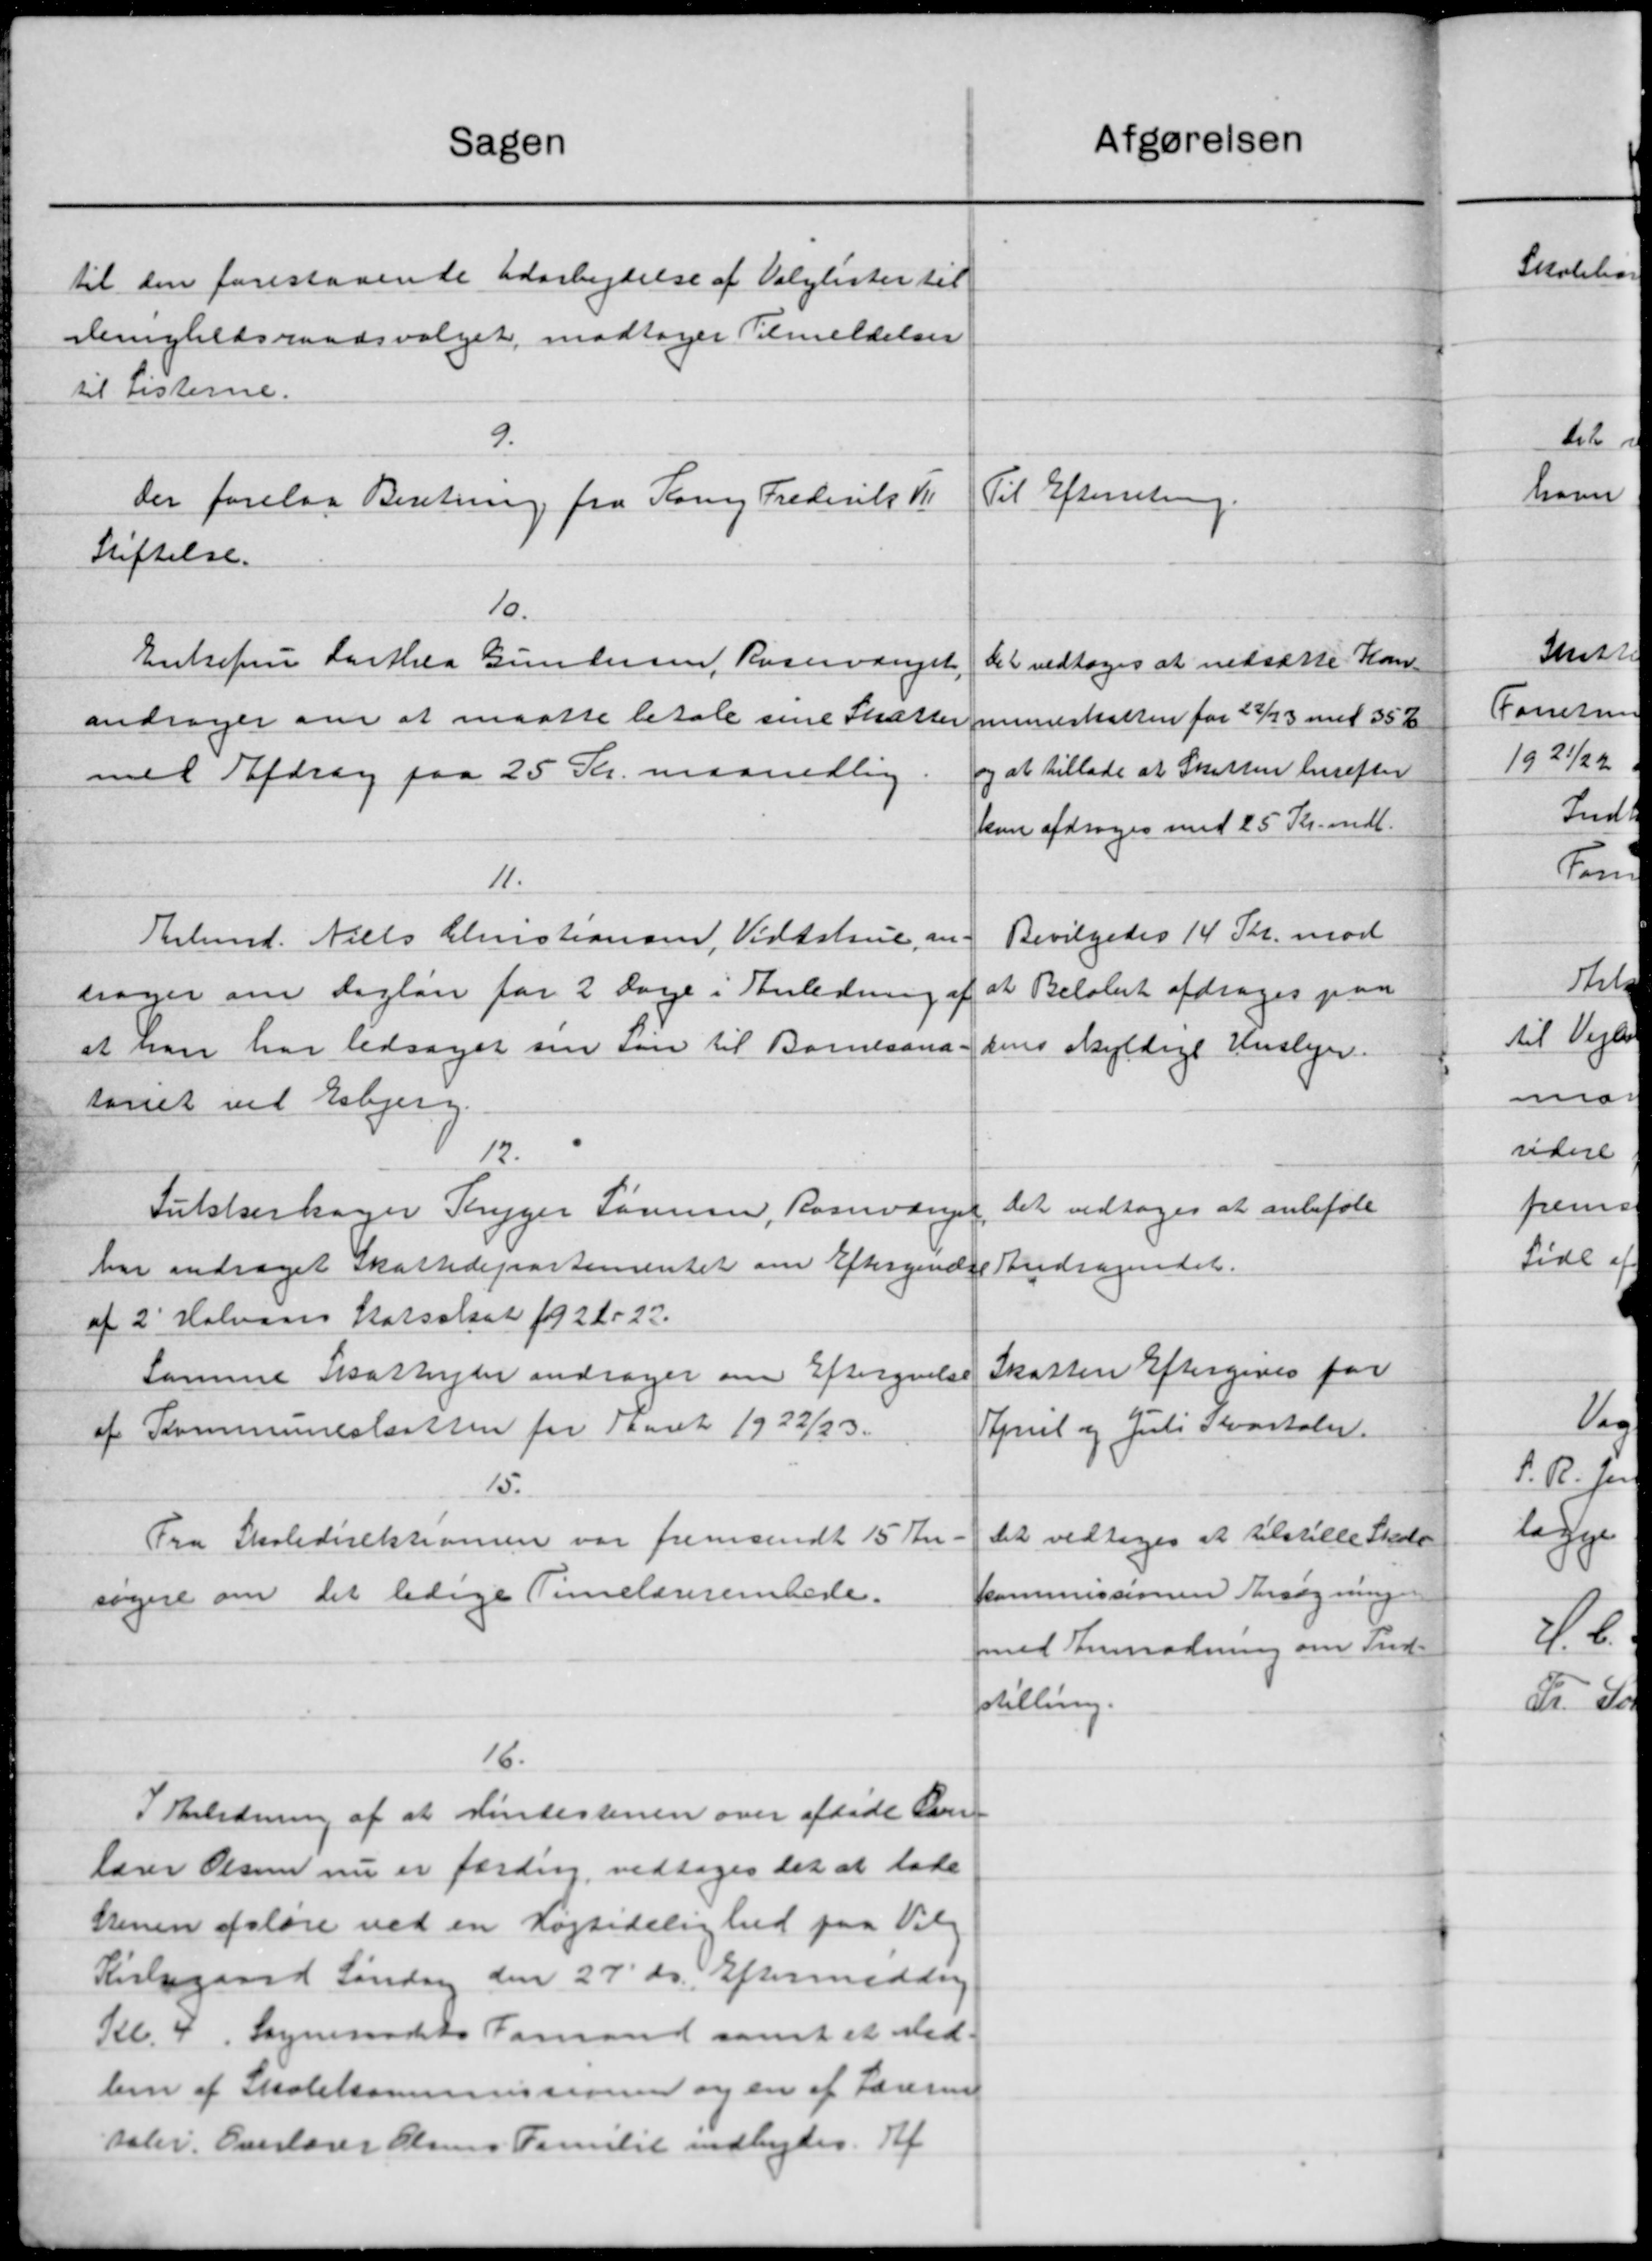
Transskription:
Afgørelsen
Sagen
til den forestaaende Udarbejdelse af Valglister til
Menighedsraadsvalget, modtager Tilmeldelser
til Listerne.
9.
Til Efterretning.
Der forelaa Beretning fra Kong Frederik K
Stiftelse.
10.
Enkefru Carthea Gundersen, Rosenvænget,
Det vedtoges at nedsætte Kom-
andrager om at maatte betale sine Skattermueskatten for 22/23 med 35 %
og at tillade at Skatten herefter
mel Afdrag paa 25 Kr. maanedlig
kun afdrages med 25 Kr. mdl.
11.
Bevilgedes 14 Skr. mod
Theld. Niels Christiansen, Vidtshrue, an-
at Beløbet afdrages paa
ssager om dagløn for 2 Dage i Anledning af
at han har ledsaget sin søn til Barnesana-
sens skyldige Huslyn.
tonet ved Esbjerg.
1
Det vedtoges at anbefale
Fukkerhager Thyger Sørensen, Rasmange
Andragendet.
har andraget Skattedepartementet om Eftergivelse
af 2' Halvaars Statsskat 1922-23.
Skatten Eftergives for
Samme Skatteyder andrager om Eftergivelse
Kynet og Juli Kvartaler.
af Kommuneskatten for Aaret 1922/23.
15.
det vedtoges at tilstille Skole
Fra Skoledirektionen var fremsendt 15 Kr.
kommissionen Ansøgning
søgere om det ledige Timelærerembede.
med Anmodning om Ind-
stilling.
16.
I Anledning af at findestenen over afdøde Over-
lærer Olsen nu er færding, vedtoges det at lade
Stenen afsløse ved en Højtidelighed paa Vil
Kirkegaard Søndag den 27' ds. Eftermiddag
Kl. 4. Sogneraadets Formand samt et ved-
len af Skolekommissionen og en af Lærerin
taler. Overlærer Olsens Familie indbydes. Af